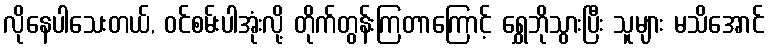
လိုနေပါသေးတယ်, ဝင်စမ်းပါအုံးလို့ တိုက်တွန်းကြတာကြောင့် ရွှေဘိုသွားပြီး သူများ မသိအောင်